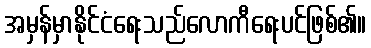
အမှန်မှာနိုင်ငံရေးသည်လောကီရေးပင်ဖြစ်၏။